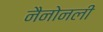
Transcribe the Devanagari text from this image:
नैनोनली